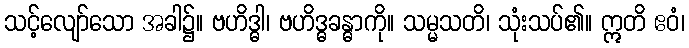
သင့်လျော်သော အခါ၌။ ဗဟိဒ္ဓါ၊ ဗဟိဒ္ဓခန္ဓာကို။ သမ္မသတိ၊ သုံးသပ်၏။ ဣတိ ဧဝံ၊